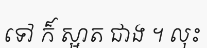
ទៅ ក៏ ស្អាត ជាង ។ លុះ